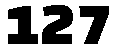
127